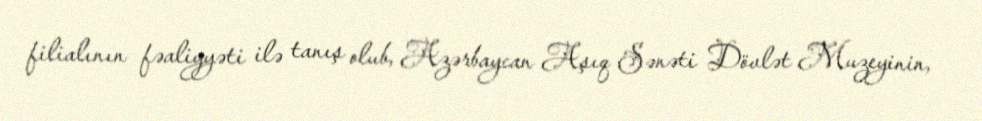
filialının fəaliyyəti ilə tanış olub, Azərbaycan Aşıq Sənəti Dövlət Muzeyinin,